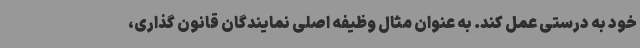
خود به درستی عمل کند. به عنوان مثال وظیفه اصلی نمایندگان قانون گذاری،